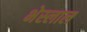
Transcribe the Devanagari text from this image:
भेस्‍लाल